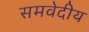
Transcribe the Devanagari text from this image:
समवेदीय